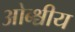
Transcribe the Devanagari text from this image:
ओब्श्चीय